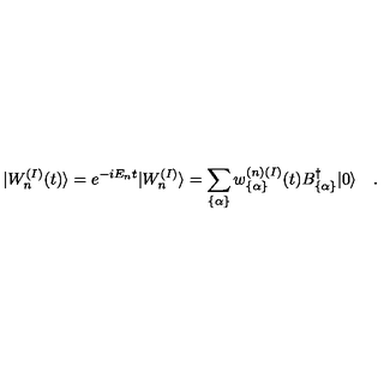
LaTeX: \vert W _ { n } ^ { ( I ) } ( t ) \rangle = e ^ { - i E _ { n } t } | W _ { n } ^ { ( I ) } \rangle = \sum _ { \{ \alpha \} } w _ { \{ \alpha \} } ^ { ( n ) ( I ) } ( t ) B _ { \{ \alpha \} } ^ { \dagger } \vert 0 \rangle \quad .